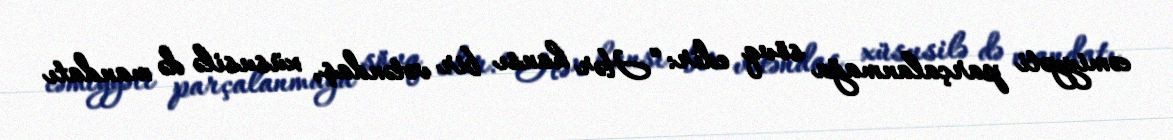
cəmiyyəti parçalanmağa sövq edir: “Hər hansı bir vətəndaş, xüsusilə də mandatı